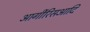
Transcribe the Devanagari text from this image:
आर्गीरिसआदि